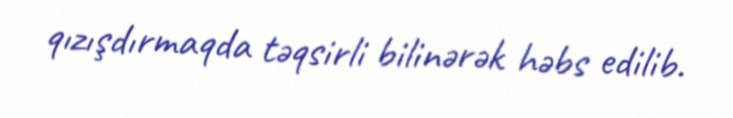
qızışdırmaqda təqsirli bilinərək həbs edilib.